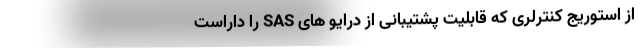
از استوریج کنترلری که قابلیت پشتیبانی از درایو های SAS را داراست